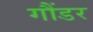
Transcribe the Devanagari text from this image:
गौंडर